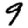
Digit: 9